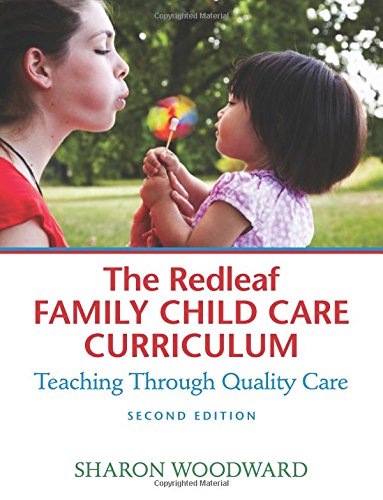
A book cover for The Redleaf Family Child Care Curriculum: Teaching Through Quality Care; Sharon Woodward; Parenting & Relationships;